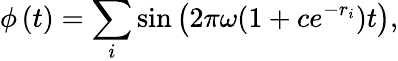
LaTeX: \phi\left(t\right)=\sum_{i}\sin\left(2\pi\omega(1+ce^{-r_{i}})t\right),